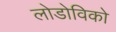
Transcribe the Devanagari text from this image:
लोडोविको